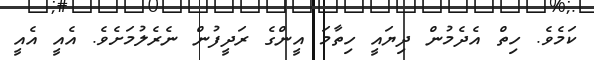
ކަމެވެ. ހިތް އެދެމުން ދިޔައީ ހިތާމަ އީންގެ ރަދީފުން ނެރެލުމަށެވެ. އެއީ އެއީ